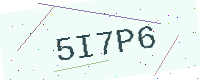
Text: 5I7P6